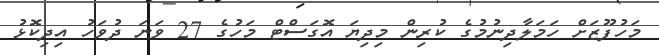
މަހުފޫޒަށް ހަމަލާދިނުމުގެ ކުރިން މިދިޔަ އޮގަސްޓް މަހުގެ 27 ވަނަ ދުވަހު އިދިކޮޅު